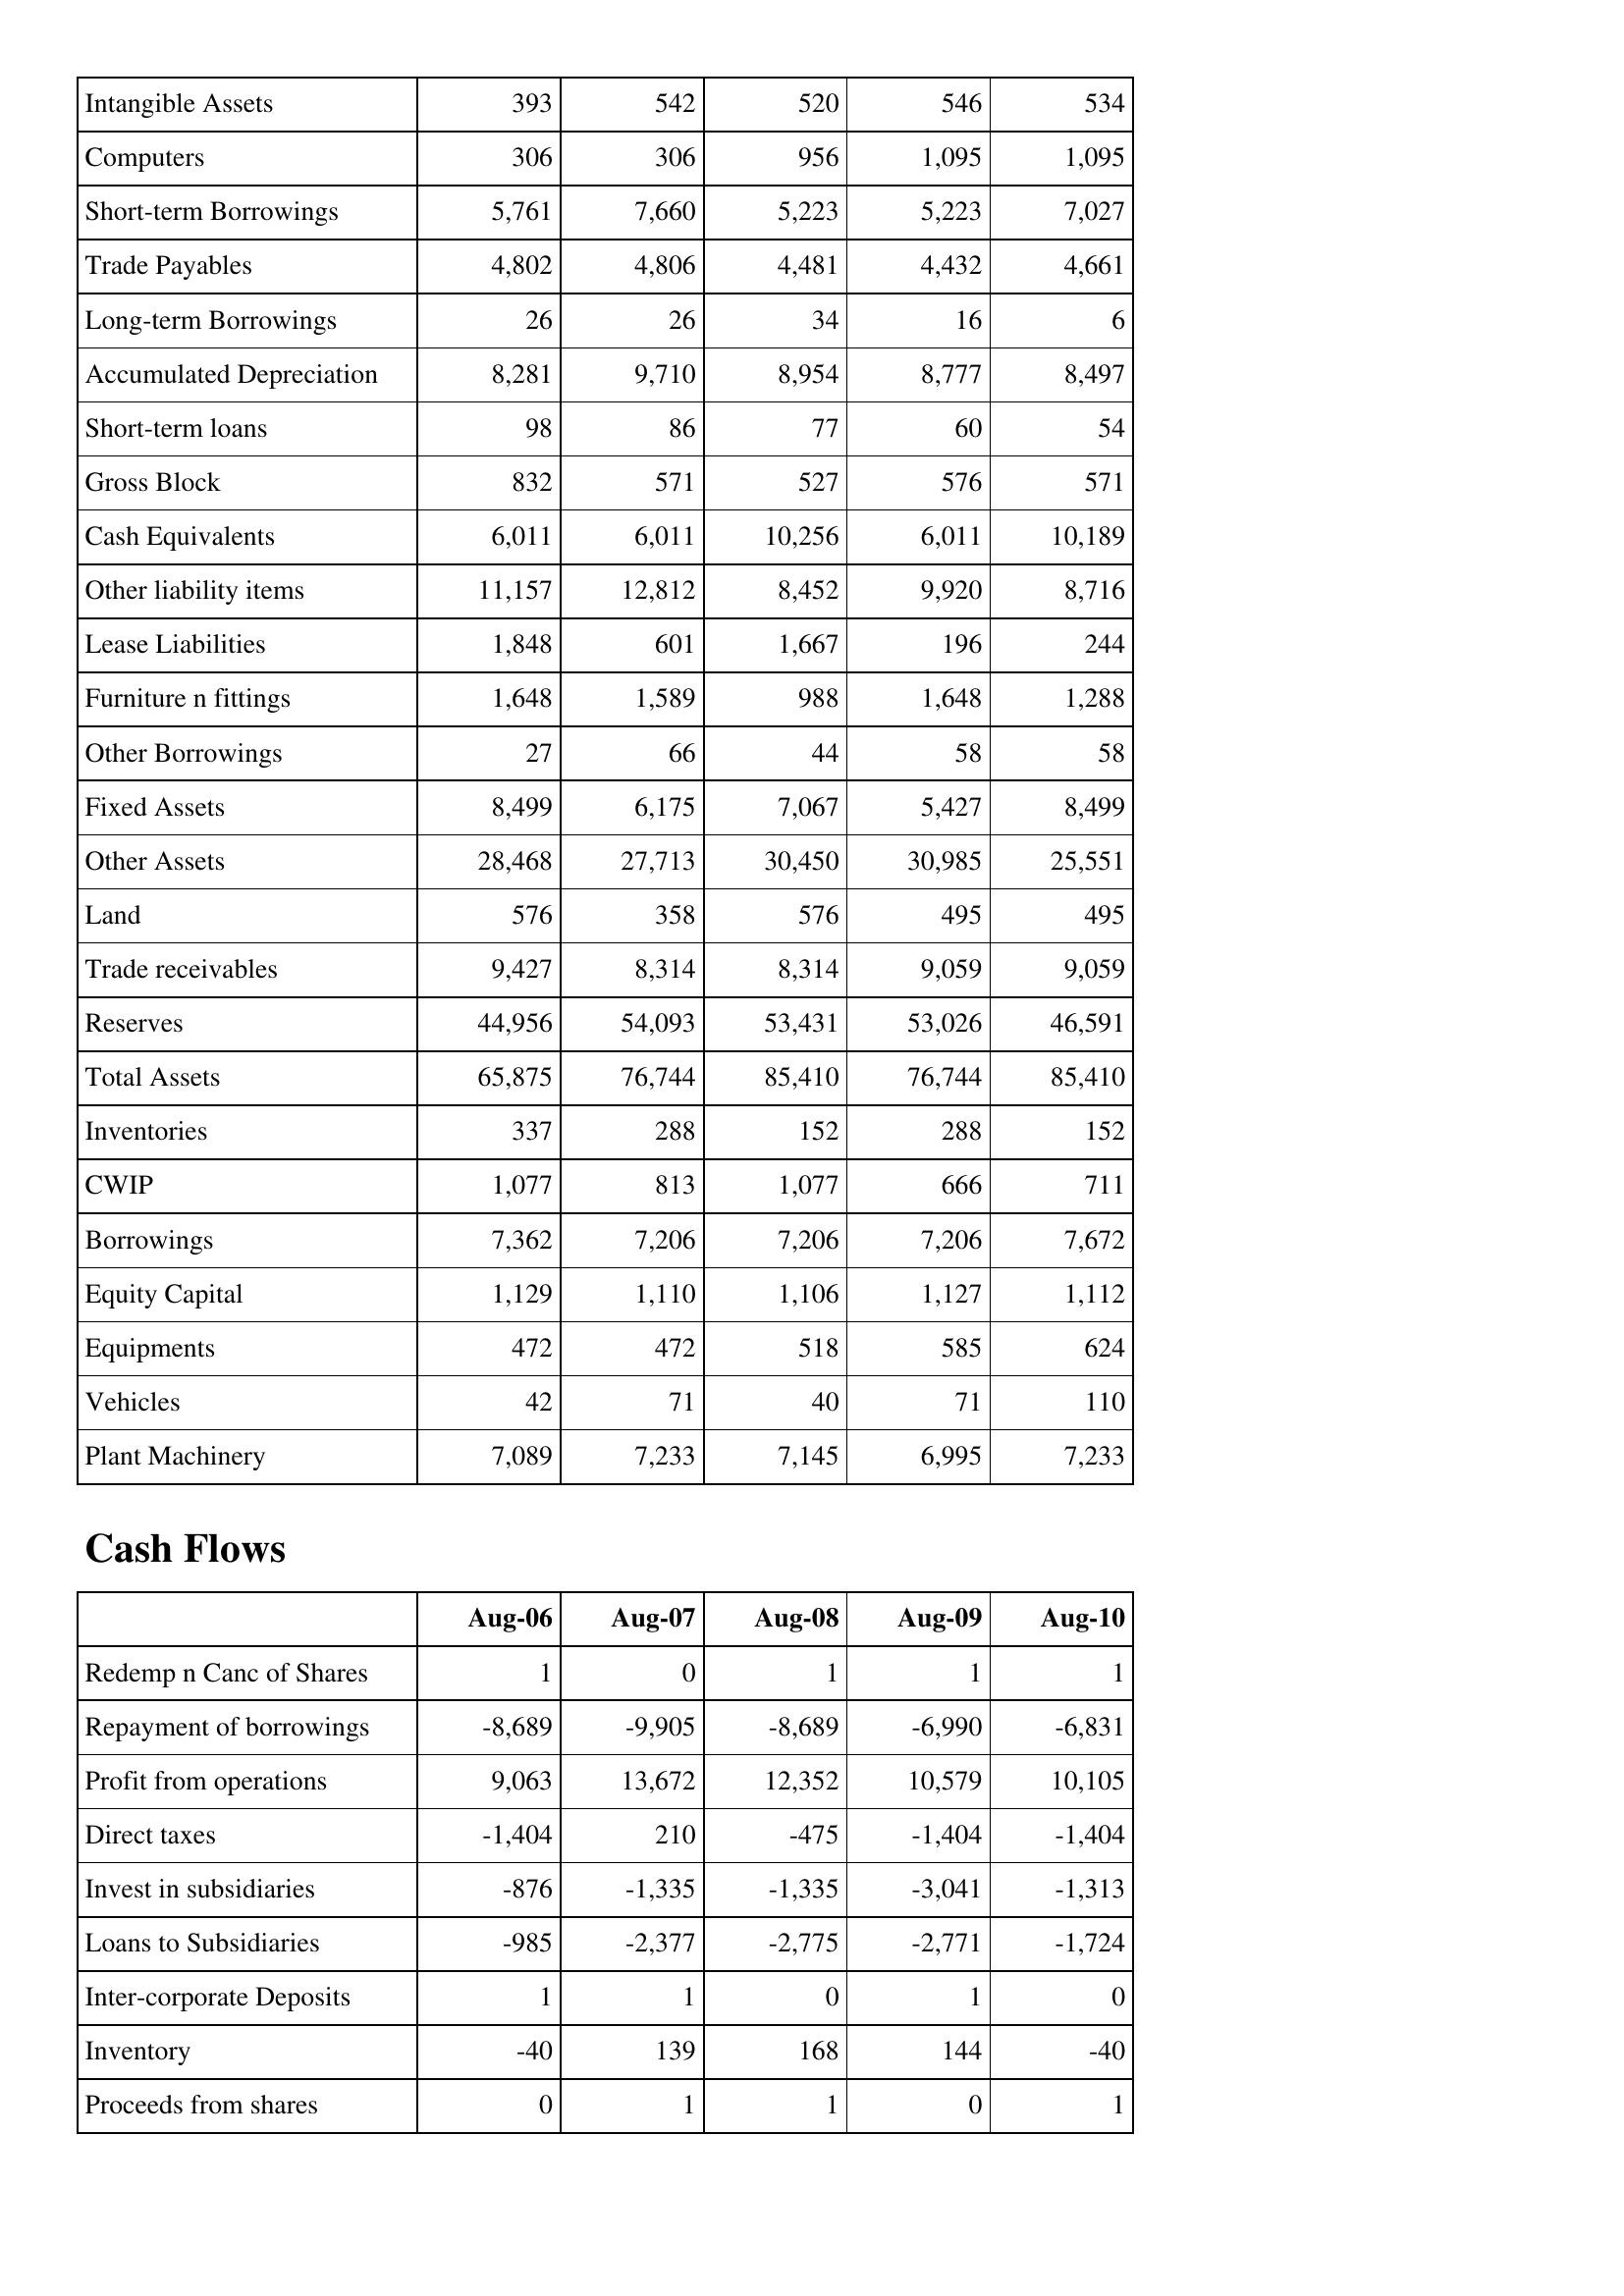
Aug-06: Balance Sheet: Intangible Assets: 393
Computers: 306
Short-term Borrowings: 5,761
Trade Payables: 4,802
Long-term Borrowings: 26
Accumulated Depreciation: 8,281
Short-term loans: 98
Gross Block: 832
Cash Equivalents: 6,011
Other liability items: 11,157
Lease Liabilities: 1,848
Furniture n fittings: 1,648
Other Borrowings: 27
Fixed Assets: 8,499
Other Assets: 28,468
Land: 576
Trade receivables: 9,427
Reserves: 44,956
Total Assets: 65,875
Inventories: 337
CWIP: 1,077
Borrowings: 7,362
Equity Capital: 1,129
Equipments: 472
Vehicles: 42
Plant Machinery: 7,089
Cash Flows: Redemp n Canc of Shares: 1
Repayment of borrowings: -8,689
Profit from operations: 9,063
Direct taxes: -1,404
Invest in subsidiaries: -876
Loans to Subsidiaries: -985
Inter-corporate Deposits: 1
Inventory: -40
Proceeds from shares: 0
Aug-07: Balance Sheet: Intangible Assets: 542
Computers: 306
Short-term Borrowings: 7,660
Trade Payables: 4,806
Long-term Borrowings: 26
Accumulated Depreciation: 9,710
Short-term loans: 86
Gross Block: 571
Cash Equivalents: 6,011
Other liability items: 12,812
Lease Liabilities: 601
Furniture n fittings: 1,589
Other Borrowings: 66
Fixed Assets: 6,175
Other Assets: 27,713
Land: 358
Trade receivables: 8,314
Reserves: 54,093
Total Assets: 76,744
Inventories: 288
CWIP: 813
Borrowings: 7,206
Equity Capital: 1,110
Equipments: 472
Vehicles: 71
Plant Machinery: 7,233
Cash Flows: Redemp n Canc of Shares: 0
Repayment of borrowings: -9,905
Profit from operations: 13,672
Direct taxes: 210
Invest in subsidiaries: -1,335
Loans to Subsidiaries: -2,377
Inter-corporate Deposits: 1
Inventory: 139
Proceeds from shares: 1
Aug-08: Balance Sheet: Intangible Assets: 520
Computers: 956
Short-term Borrowings: 5,223
Trade Payables: 4,481
Long-term Borrowings: 34
Accumulated Depreciation: 8,954
Short-term loans: 77
Gross Block: 527
Cash Equivalents: 10,256
Other liability items: 8,452
Lease Liabilities: 1,667
Furniture n fittings: 988
Other Borrowings: 44
Fixed Assets: 7,067
Other Assets: 30,450
Land: 576
Trade receivables: 8,314
Reserves: 53,431
Total Assets: 85,410
Inventories: 152
CWIP: 1,077
Borrowings: 7,206
Equity Capital: 1,106
Equipments: 518
Vehicles: 40
Plant Machinery: 7,145
Cash Flows: Redemp n Canc of Shares: 1
Repayment of borrowings: -8,689
Profit from operations: 12,352
Direct taxes: -475
Invest in subsidiaries: -1,335
Loans to Subsidiaries: -2,775
Inter-corporate Deposits: 0
Inventory: 168
Proceeds from shares: 1
Aug-09: Balance Sheet: Intangible Assets: 546
Computers: 1,095
Short-term Borrowings: 5,223
Trade Payables: 4,432
Long-term Borrowings: 16
Accumulated Depreciation: 8,777
Short-term loans: 60
Gross Block: 576
Cash Equivalents: 6,011
Other liability items: 9,920
Lease Liabilities: 196
Furniture n fittings: 1,648
Other Borrowings: 58
Fixed Assets: 5,427
Other Assets: 30,985
Land: 495
Trade receivables: 9,059
Reserves: 53,026
Total Assets: 76,744
Inventories: 288
CWIP: 666
Borrowings: 7,206
Equity Capital: 1,127
Equipments: 585
Vehicles: 71
Plant Machinery: 6,995
Cash Flows: Redemp n Canc of Shares: 1
Repayment of borrowings: -6,990
Profit from operations: 10,579
Direct taxes: -1,404
Invest in subsidiaries: -3,041
Loans to Subsidiaries: -2,771
Inter-corporate Deposits: 1
Inventory: 144
Proceeds from shares: 0
Aug-10: Balance Sheet: Intangible Assets: 534
Computers: 1,095
Short-term Borrowings: 7,027
Trade Payables: 4,661
Long-term Borrowings: 6
Accumulated Depreciation: 8,497
Short-term loans: 54
Gross Block: 571
Cash Equivalents: 10,189
Other liability items: 8,716
Lease Liabilities: 244
Furniture n fittings: 1,288
Other Borrowings: 58
Fixed Assets: 8,499
Other Assets: 25,551
Land: 495
Trade receivables: 9,059
Reserves: 46,591
Total Assets: 85,410
Inventories: 152
CWIP: 711
Borrowings: 7,672
Equity Capital: 1,112
Equipments: 624
Vehicles: 110
Plant Machinery: 7,233
Cash Flows: Redemp n Canc of Shares: 1
Repayment of borrowings: -6,831
Profit from operations: 10,105
Direct taxes: -1,404
Invest in subsidiaries: -1,313
Loans to Subsidiaries: -1,724
Inter-corporate Deposits: 0
Inventory: -40
Proceeds from shares: 1